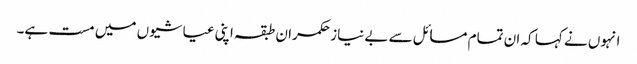
انہوں نے کہا کہ ان تمام مسائل سے بے نیاز حکمران طبقہ اپنی عیاشیوں میں مست ہے۔